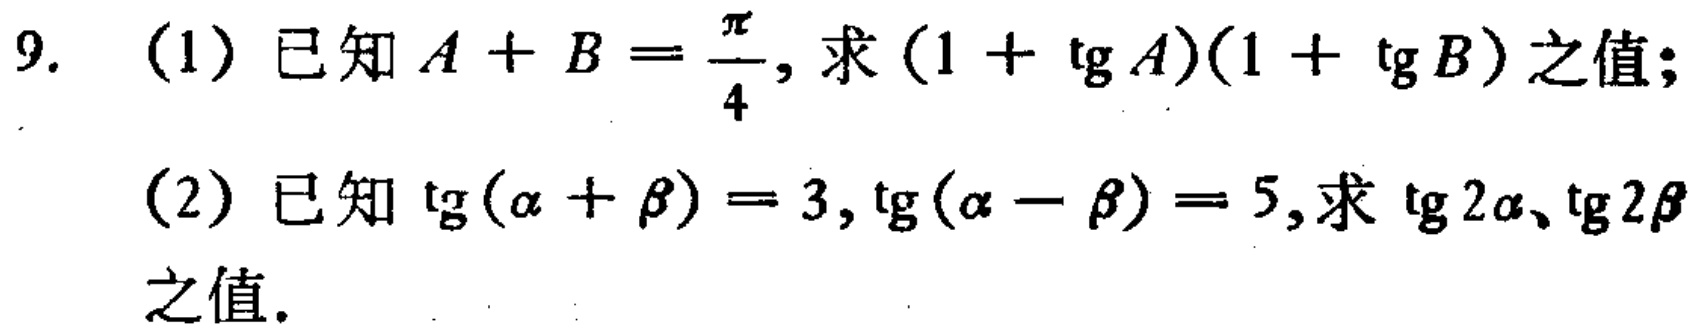
9. (1) 已知 \(A + B=\frac{\pi}{4}\), 求 \((1 + \tg A)(1 + \tg B)\) 之值;

(2) 已知 \(\tg(\alpha+\beta)=3,\tg(\alpha - \beta)=5\), 求 \(\tg 2\alpha、\tg 2\beta\) 之值.